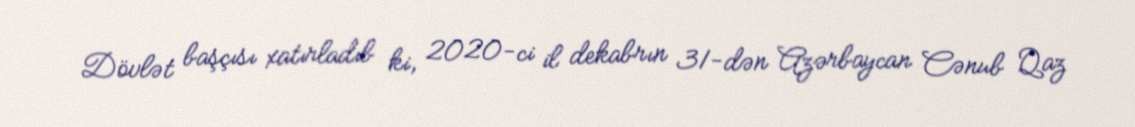
Dövlət başçısı xatırladıb ki, 2020-ci il dekabrın 31-dən Azərbaycan Cənub Qaz